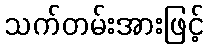
သက်တမ်းအားဖြင့်